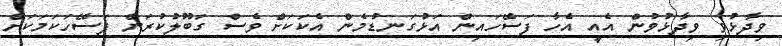
ވިދާޅުވި ވިދާޅުވުން އެއީ އެހާ ފަސޭހައިން އަޅުގަނޑުމެން އެކަކަށް ވެސް ގަބޫލުކުރަން ފަސޭހަކަމަކަށް